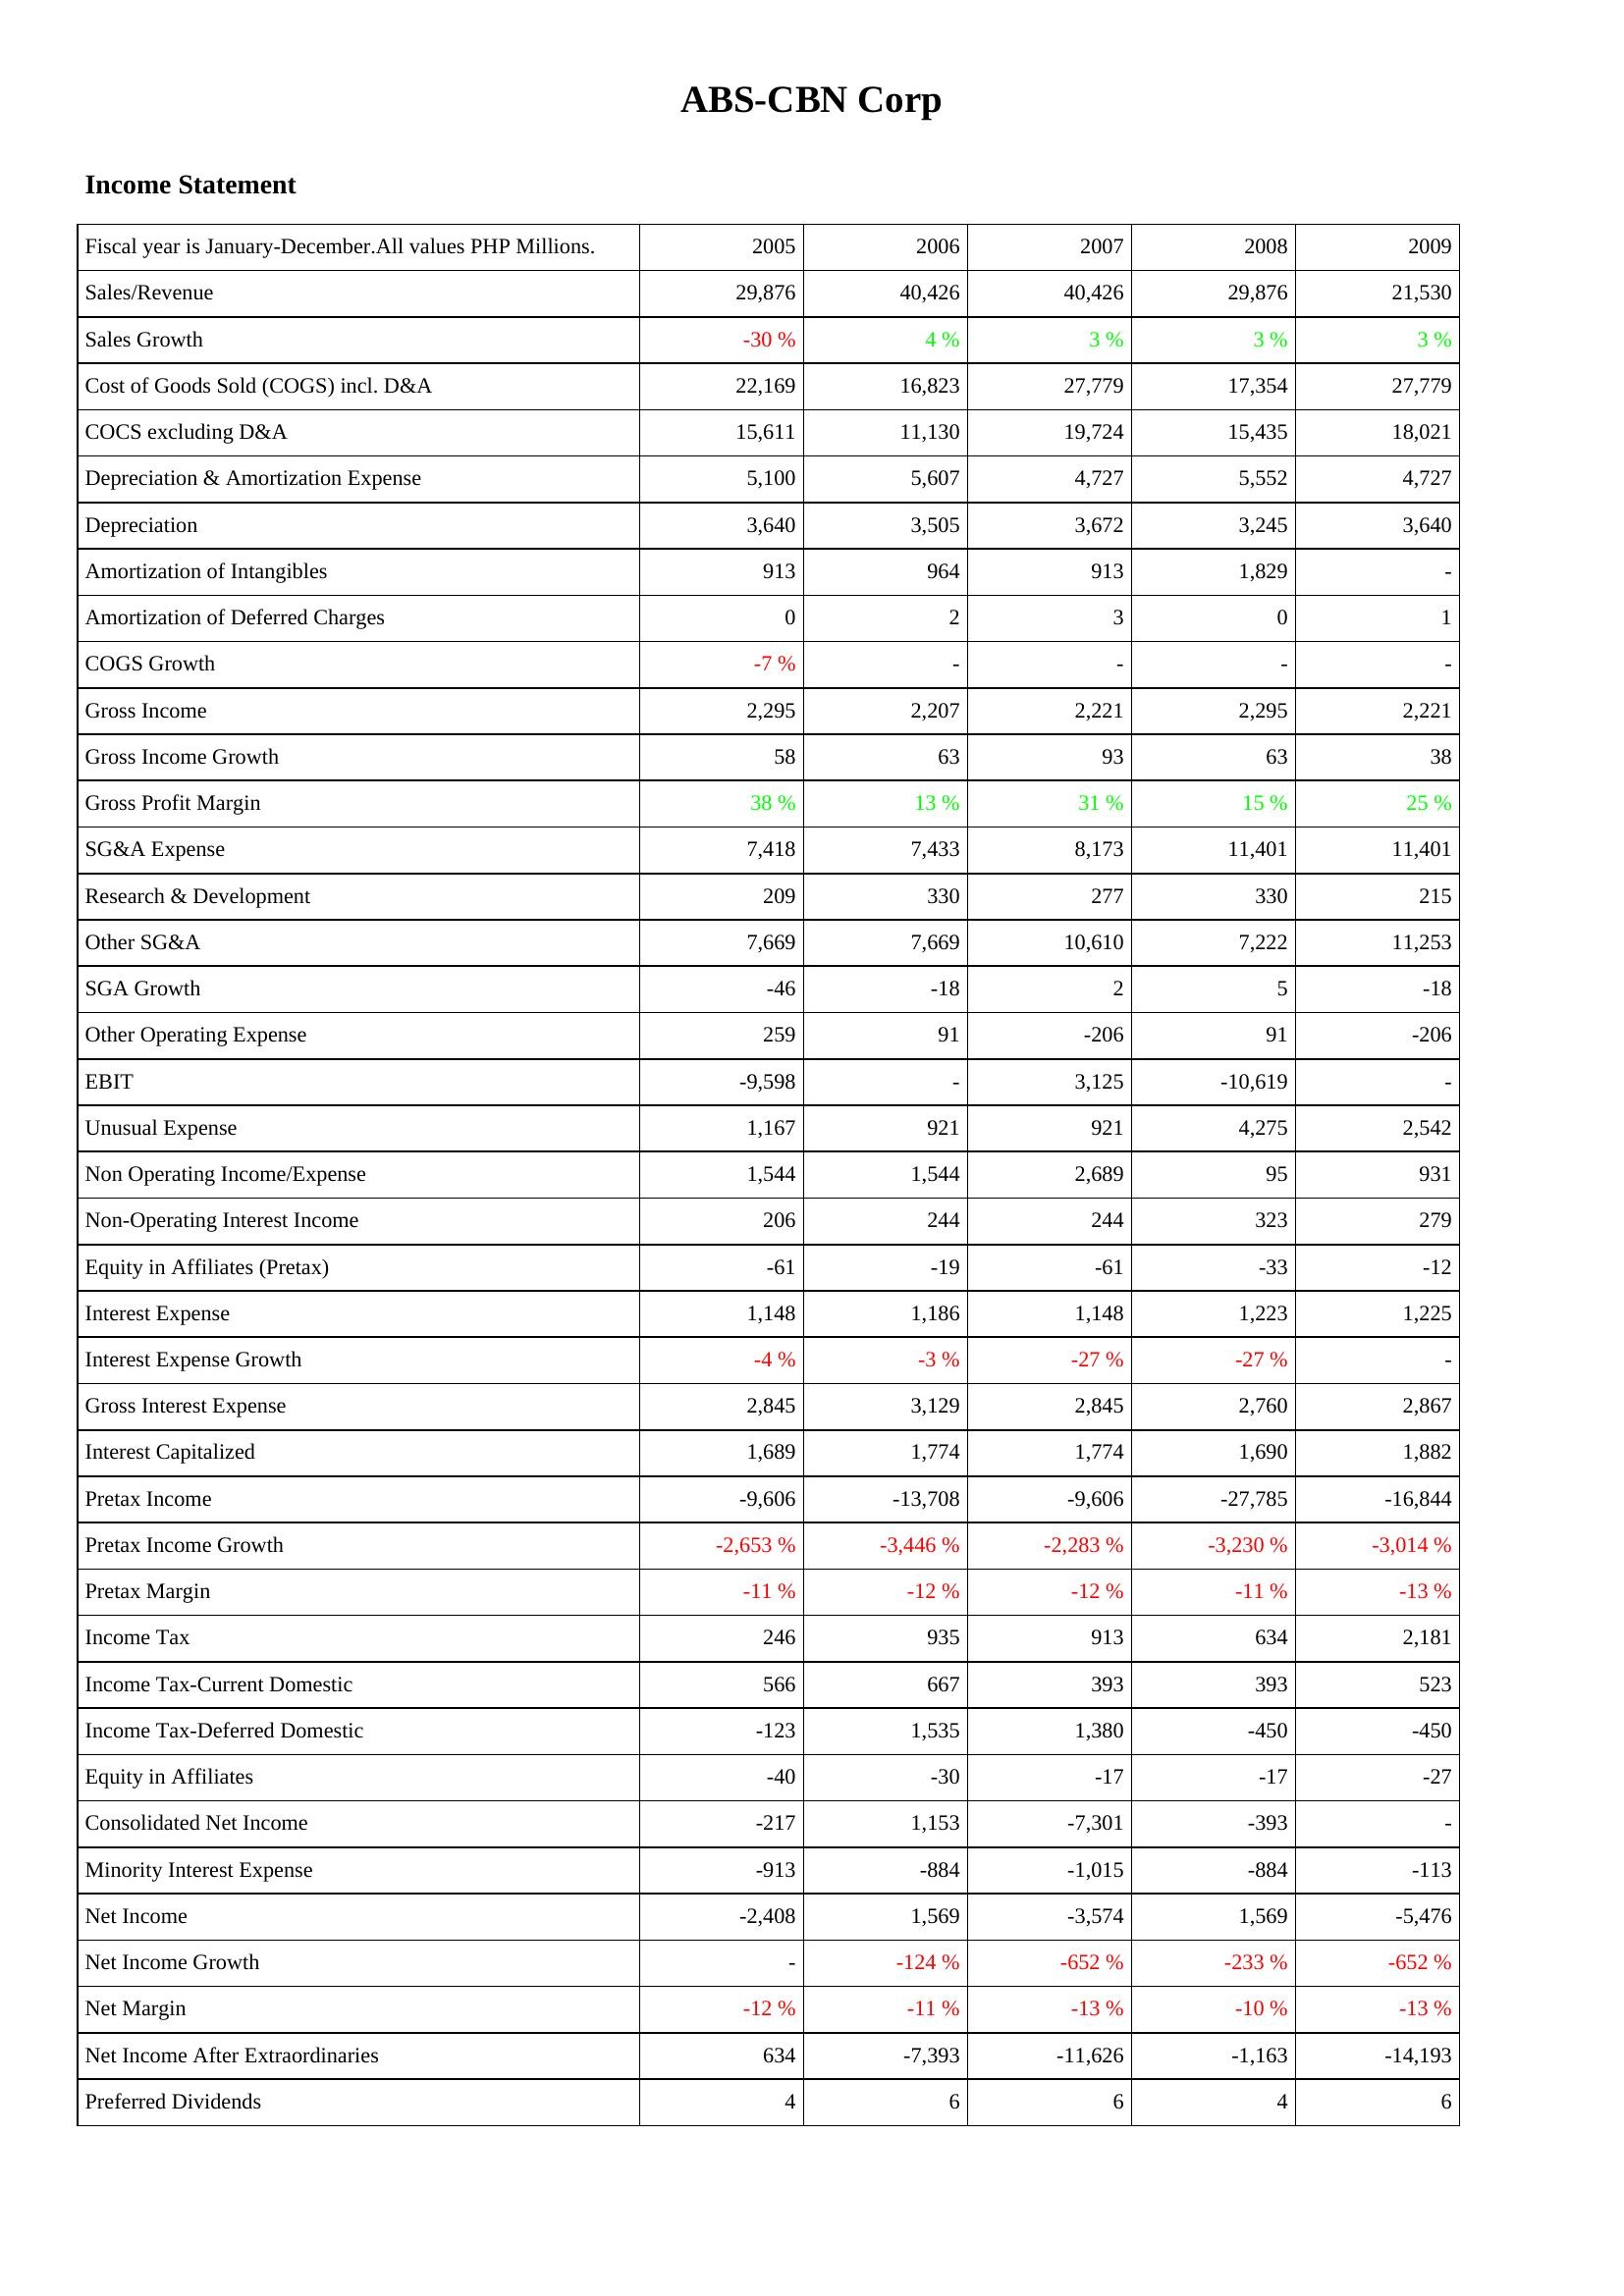
2005: Income Statement: Sales/Revenue: 29,876
Sales Growth: -30 %
Cost of Goods Sold (COGS) incl. D&A: 22,169
COCS excluding D&A: 15,611
Depreciation & Amortization Expense: 5,100
Depreciation: 3,640
Amortization of Intangibles: 913
Amortization of Deferred Charges: 0
COGS Growth: -7 %
Gross Income: 2,295
Gross Income Growth: 58
Gross Profit Margin: 38 %
SG&A Expense: 7,418
Research & Development: 209
Other SG&A: 7,669
SGA Growth: -46
Other Operating Expense: 259
EBIT: -9,598
Unusual Expense: 1,167
Non Operating Income/Expense: 1,544
Non-Operating Interest Income: 206
Equity in Affiliates (Pretax): -61
Interest Expense: 1,148
Interest Expense Growth: -4 %
Gross Interest Expense: 2,845
Interest Capitalized: 1,689
Pretax Income: -9,606
Pretax Income Growth: -2,653 %
Pretax Margin: -11 %
Income Tax: 246
Income Tax-Current Domestic: 566
Income Tax-Deferred Domestic: -123
Equity in Affiliates: -40
Consolidated Net Income: -217
Minority Interest Expense: -913
Net Income: -2,408
Net Income Growth: -
Net Margin: -12 %
Net Income After Extraordinaries: 634
Preferred Dividends: 4
2006: Income Statement: Sales/Revenue: 40,426
Sales Growth: 4 %
Cost of Goods Sold (COGS) incl. D&A: 16,823
COCS excluding D&A: 11,130
Depreciation & Amortization Expense: 5,607
Depreciation: 3,505
Amortization of Intangibles: 964
Amortization of Deferred Charges: 2
COGS Growth: -
Gross Income: 2,207
Gross Income Growth: 63
Gross Profit Margin: 13 %
SG&A Expense: 7,433
Research & Development: 330
Other SG&A: 7,669
SGA Growth: -18
Other Operating Expense: 91
EBIT: -
Unusual Expense: 921
Non Operating Income/Expense: 1,544
Non-Operating Interest Income: 244
Equity in Affiliates (Pretax): -19
Interest Expense: 1,186
Interest Expense Growth: -3 %
Gross Interest Expense: 3,129
Interest Capitalized: 1,774
Pretax Income: -13,708
Pretax Income Growth: -3,446 %
Pretax Margin: -12 %
Income Tax: 935
Income Tax-Current Domestic: 667
Income Tax-Deferred Domestic: 1,535
Equity in Affiliates: -30
Consolidated Net Income: 1,153
Minority Interest Expense: -884
Net Income: 1,569
Net Income Growth: -124 %
Net Margin: -11 %
Net Income After Extraordinaries: -7,393
Preferred Dividends: 6
2007: Income Statement: Sales/Revenue: 40,426
Sales Growth: 3 %
Cost of Goods Sold (COGS) incl. D&A: 27,779
COCS excluding D&A: 19,724
Depreciation & Amortization Expense: 4,727
Depreciation: 3,672
Amortization of Intangibles: 913
Amortization of Deferred Charges: 3
COGS Growth: -
Gross Income: 2,221
Gross Income Growth: 93
Gross Profit Margin: 31 %
SG&A Expense: 8,173
Research & Development: 277
Other SG&A: 10,610
SGA Growth: 2
Other Operating Expense: -206
EBIT: 3,125
Unusual Expense: 921
Non Operating Income/Expense: 2,689
Non-Operating Interest Income: 244
Equity in Affiliates (Pretax): -61
Interest Expense: 1,148
Interest Expense Growth: -27 %
Gross Interest Expense: 2,845
Interest Capitalized: 1,774
Pretax Income: -9,606
Pretax Income Growth: -2,283 %
Pretax Margin: -12 %
Income Tax: 913
Income Tax-Current Domestic: 393
Income Tax-Deferred Domestic: 1,380
Equity in Affiliates: -17
Consolidated Net Income: -7,301
Minority Interest Expense: -1,015
Net Income: -3,574
Net Income Growth: -652 %
Net Margin: -13 %
Net Income After Extraordinaries: -11,626
Preferred Dividends: 6
2008: Income Statement: Sales/Revenue: 29,876
Sales Growth: 3 %
Cost of Goods Sold (COGS) incl. D&A: 17,354
COCS excluding D&A: 15,435
Depreciation & Amortization Expense: 5,552
Depreciation: 3,245
Amortization of Intangibles: 1,829
Amortization of Deferred Charges: 0
COGS Growth: -
Gross Income: 2,295
Gross Income Growth: 63
Gross Profit Margin: 15 %
SG&A Expense: 11,401
Research & Development: 330
Other SG&A: 7,222
SGA Growth: 5
Other Operating Expense: 91
EBIT: -10,619
Unusual Expense: 4,275
Non Operating Income/Expense: 95
Non-Operating Interest Income: 323
Equity in Affiliates (Pretax): -33
Interest Expense: 1,223
Interest Expense Growth: -27 %
Gross Interest Expense: 2,760
Interest Capitalized: 1,690
Pretax Income: -27,785
Pretax Income Growth: -3,230 %
Pretax Margin: -11 %
Income Tax: 634
Income Tax-Current Domestic: 393
Income Tax-Deferred Domestic: -450
Equity in Affiliates: -17
Consolidated Net Income: -393
Minority Interest Expense: -884
Net Income: 1,569
Net Income Growth: -233 %
Net Margin: -10 %
Net Income After Extraordinaries: -1,163
Preferred Dividends: 4
2009: Income Statement: Sales/Revenue: 21,530
Sales Growth: 3 %
Cost of Goods Sold (COGS) incl. D&A: 27,779
COCS excluding D&A: 18,021
Depreciation & Amortization Expense: 4,727
Depreciation: 3,640
Amortization of Intangibles: -
Amortization of Deferred Charges: 1
COGS Growth: -
Gross Income: 2,221
Gross Income Growth: 38
Gross Profit Margin: 25 %
SG&A Expense: 11,401
Research & Development: 215
Other SG&A: 11,253
SGA Growth: -18
Other Operating Expense: -206
EBIT: -
Unusual Expense: 2,542
Non Operating Income/Expense: 931
Non-Operating Interest Income: 279
Equity in Affiliates (Pretax): -12
Interest Expense: 1,225
Interest Expense Growth: -
Gross Interest Expense: 2,867
Interest Capitalized: 1,882
Pretax Income: -16,844
Pretax Income Growth: -3,014 %
Pretax Margin: -13 %
Income Tax: 2,181
Income Tax-Current Domestic: 523
Income Tax-Deferred Domestic: -450
Equity in Affiliates: -27
Consolidated Net Income: -
Minority Interest Expense: -113
Net Income: -5,476
Net Income Growth: -652 %
Net Margin: -13 %
Net Income After Extraordinaries: -14,193
Preferred Dividends: 6